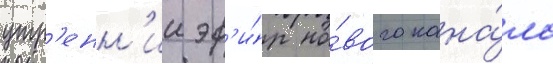
утр'енн'ии эф'и́р но́вого кана́ла